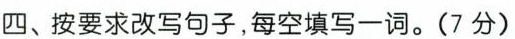
四、按要求改写句子,每空填写一词。(7分)